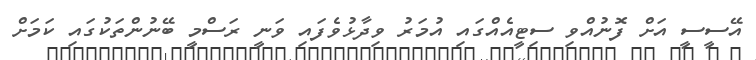
އޭސީސީ އަށް ފޮނުއްވި ސިޓީއެއްގައި އުމަރު ވިދާޅުވެފައި ވަނީ ރަސްމީ ބޭނުންތަކުގައި ކަމަށް